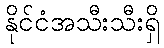
နိုင်ငံအသီးသီးရှိ